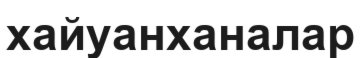
хайуанханалар